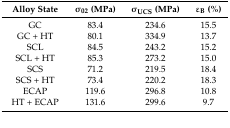
<table><thead><tr><td><b>Alloy State</b></td><td><b>σ<sub>02</sub> (MPa)</b></td><td><b>σ<sub>UCS</sub> (MPa)</b></td><td><b>ε<sub>B</sub> (%)</b></td></tr></thead><tbody><tr><td>GC</td><td>83.4</td><td>234.6</td><td>15.5</td></tr><tr><td>GC + HT</td><td>80.1</td><td>334.9</td><td>13.7</td></tr><tr><td>SCL</td><td>84.5</td><td>243.2</td><td>15.2</td></tr><tr><td>SCL + HT</td><td>85.3</td><td>273.2</td><td>15.0</td></tr><tr><td>SCS</td><td>71.2</td><td>219.5</td><td>18.4</td></tr><tr><td>SCS + HT</td><td>73.4</td><td>220.2</td><td>18.3</td></tr><tr><td>ECAP</td><td>119.6</td><td>296.8</td><td>10.8</td></tr><tr><td>HT + ECAP</td><td>131.6</td><td>299.6</td><td>9.7</td></tr></tbody></table>